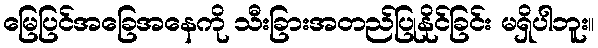
မြေပြင်အခြေအနေကို သီးခြားအတည်ပြုနိုင်ခြင်း မရှိပါဘူး။